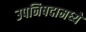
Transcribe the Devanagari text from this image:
उपनिषदामध्ये